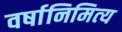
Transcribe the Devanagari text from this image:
वर्षानिमित्‍य